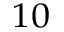
^ { 1 0 }